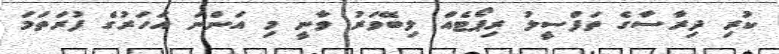
ކުރި ދިރާސާގެ ތަފްސީލު ރިޕޯޓެއް ލިބޭވަރު ވާނީ މި އަންނަ އަހަރުގެ ފުރަތަމަ